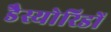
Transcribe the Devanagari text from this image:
डैस्योरिडों